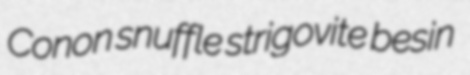
Conon snuffle strigovite besin